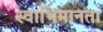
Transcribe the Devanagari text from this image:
स्वाभिमानता